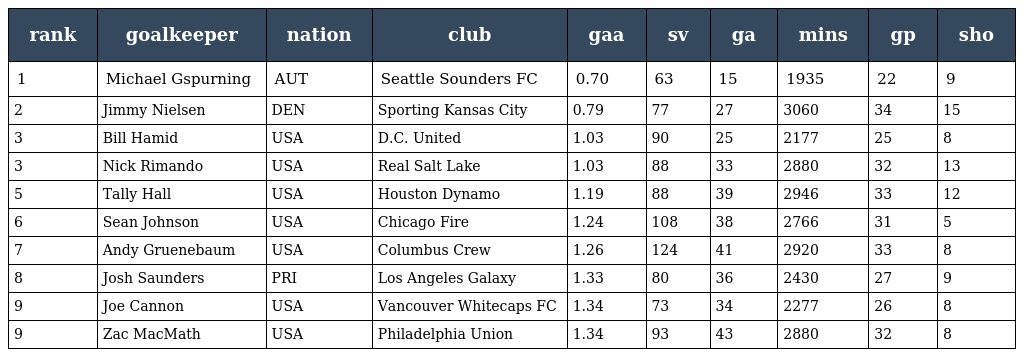
| rank | goalkeeper | nation | club | gaa | sv | ga | mins | gp | sho |
 | --- | --- | --- | --- | --- | --- | --- | --- | --- | --- |
 | 1 | Michael Gspurning | AUT | Seattle Sounders FC | 0.70 | 63 | 15 | 1935 | 22 | 9 |
 | 2 | Jimmy Nielsen | DEN | Sporting Kansas City | 0.79 | 77 | 27 | 3060 | 34 | 15 |
 | 3 | Bill Hamid | USA | D.C. United | 1.03 | 90 | 25 | 2177 | 25 | 8 |
 | 3 | Nick Rimando | USA | Real Salt Lake | 1.03 | 88 | 33 | 2880 | 32 | 13 |
 | 5 | Tally Hall | USA | Houston Dynamo | 1.19 | 88 | 39 | 2946 | 33 | 12 |
 | 6 | Sean Johnson | USA | Chicago Fire | 1.24 | 108 | 38 | 2766 | 31 | 5 |
 | 7 | Andy Gruenebaum | USA | Columbus Crew | 1.26 | 124 | 41 | 2920 | 33 | 8 |
 | 8 | Josh Saunders | PRI | Los Angeles Galaxy | 1.33 | 80 | 36 | 2430 | 27 | 9 |
 | 9 | Joe Cannon | USA | Vancouver Whitecaps FC | 1.34 | 73 | 34 | 2277 | 26 | 8 |
 | 9 | Zac MacMath | USA | Philadelphia Union | 1.34 | 93 | 43 | 2880 | 32 | 8 |